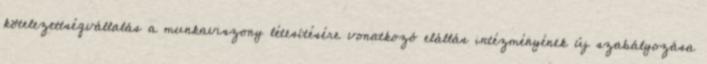
kötelezettségvállalás a munkaviszony létesítésére vonatkozó elállás intézményének új szabályozása